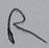
Text: R